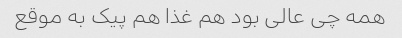
همه چی عالی بود هم غذا هم پیک به موقع